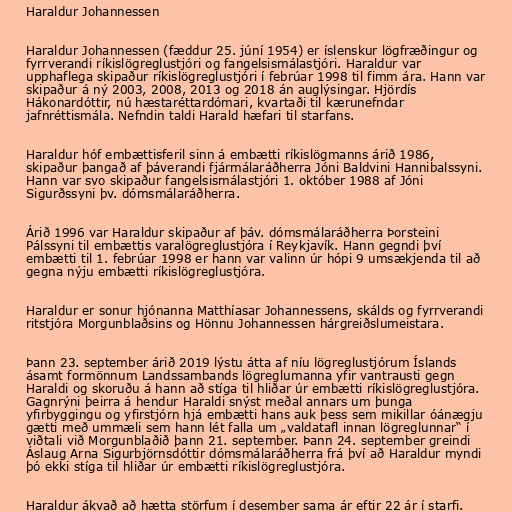
Haraldur Johannessen

Haraldur Johannessen (fæddur 25. júní 1954) er íslenskur lögfræðingur og
fyrrverandi ríkislögreglustjóri og fangelsismálastjóri. Haraldur var
upphaflega skipaður ríkislögreglustjóri í febrúar 1998 til fimm ára. Hann var
skipaður á ný 2003, 2008, 2013 og 2018 án auglýsingar. Hjördís
Hákonardóttir, nú hæstaréttardómari, kvartaði til kærunefndar
jafnréttismála. Nefndin taldi Harald hæfari til starfans.

Haraldur hóf embættisferil sinn á embætti ríkislögmanns árið 1986,
skipaður þangað af þáverandi fjármálaráðherra Jóni Baldvini Hannibalssyni.
Hann var svo skipaður fangelsismálastjóri 1. október 1988 af Jóni
Sigurðssyni þv. dómsmálaráðherra.

Árið 1996 var Haraldur skipaður af þáv. dómsmálaráðherra Þorsteini
Pálssyni til embættis varalögreglustjóra í Reykjavík. Hann gegndi því
embætti til 1. febrúar 1998 er hann var valinn úr hópi 9 umsækjenda til að
gegna nýju embætti ríkislögreglustjóra.

Haraldur er sonur hjónanna Matthíasar Johannessens, skálds og fyrrverandi
ritstjóra Morgunblaðsins og Hönnu Johannessen hárgreiðslumeistara.

Þann 23. september árið 2019 lýstu átta af níu lögreglustjórum Íslands
ásamt formönnum Landssambands lögreglumanna yfir vantrausti gegn
Haraldi og skoruðu á hann að stíga til hliðar úr embætti ríkislögreglustjóra.
Gagnrýni þeirra á hendur Haraldi snýst meðal annars um þunga
yfirbyggingu og yfirstjórn hjá embætti hans auk þess sem mikillar óánægju
gætti með ummæli sem hann lét falla um „valdatafl innan lögreglunnar“ í
viðtali við Morgunblaðið þann 21. september. Þann 24. september greindi
Áslaug Arna Sigurbjörnsdóttir dómsmálaráðherra frá því að Haraldur myndi
þó ekki stíga til hliðar úr embætti ríkislögreglustjóra.

Haraldur ákvað að hætta störfum í desember sama ár eftir 22 ár í starfi.